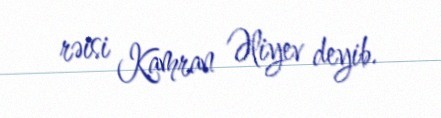
rəisi Kamran Əliyev deyib.